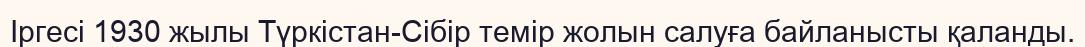
Іргесі 1930 жылы Түркістан-Сібір темір жолын салуға байланысты қаланды.